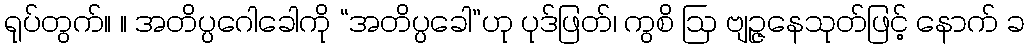
ရုပ်တွက်။ ။ အတိပ္ပဂေါခေါကို “အတိပ္ပခေါ”ဟု ပုဒ်ဖြတ်၊ ကွစိ ဩ ဗျဉ္ဇနေသုတ်ဖြင့် နောက် ခ